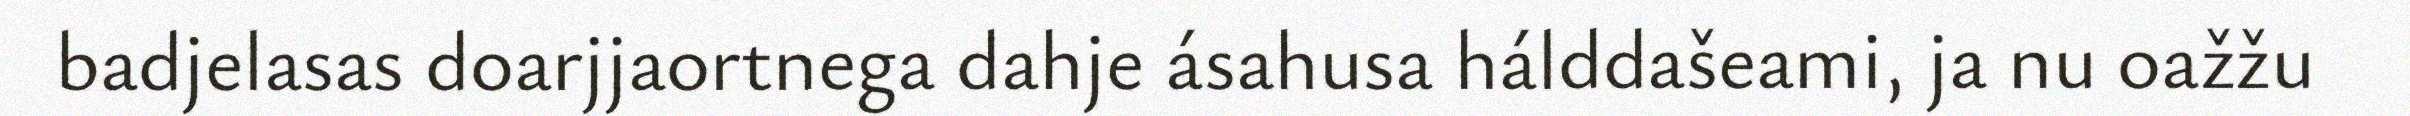
badjelasas doarjjaortnega dahje ásahusa hálddašeami, ja nu oažžu